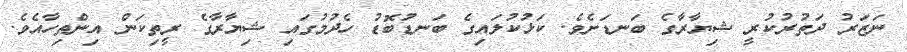
ނަޒަރު ދަތުރުކުރީ ޝިޔާރާގެ ބަނޑަށެވެ. ކަޅުކުލައިގެ ބަނޑުބޮޑު ހެދުމުގައި ޝިޔާރާގެ ރީތިކަން އިންތިހާއެވެ.